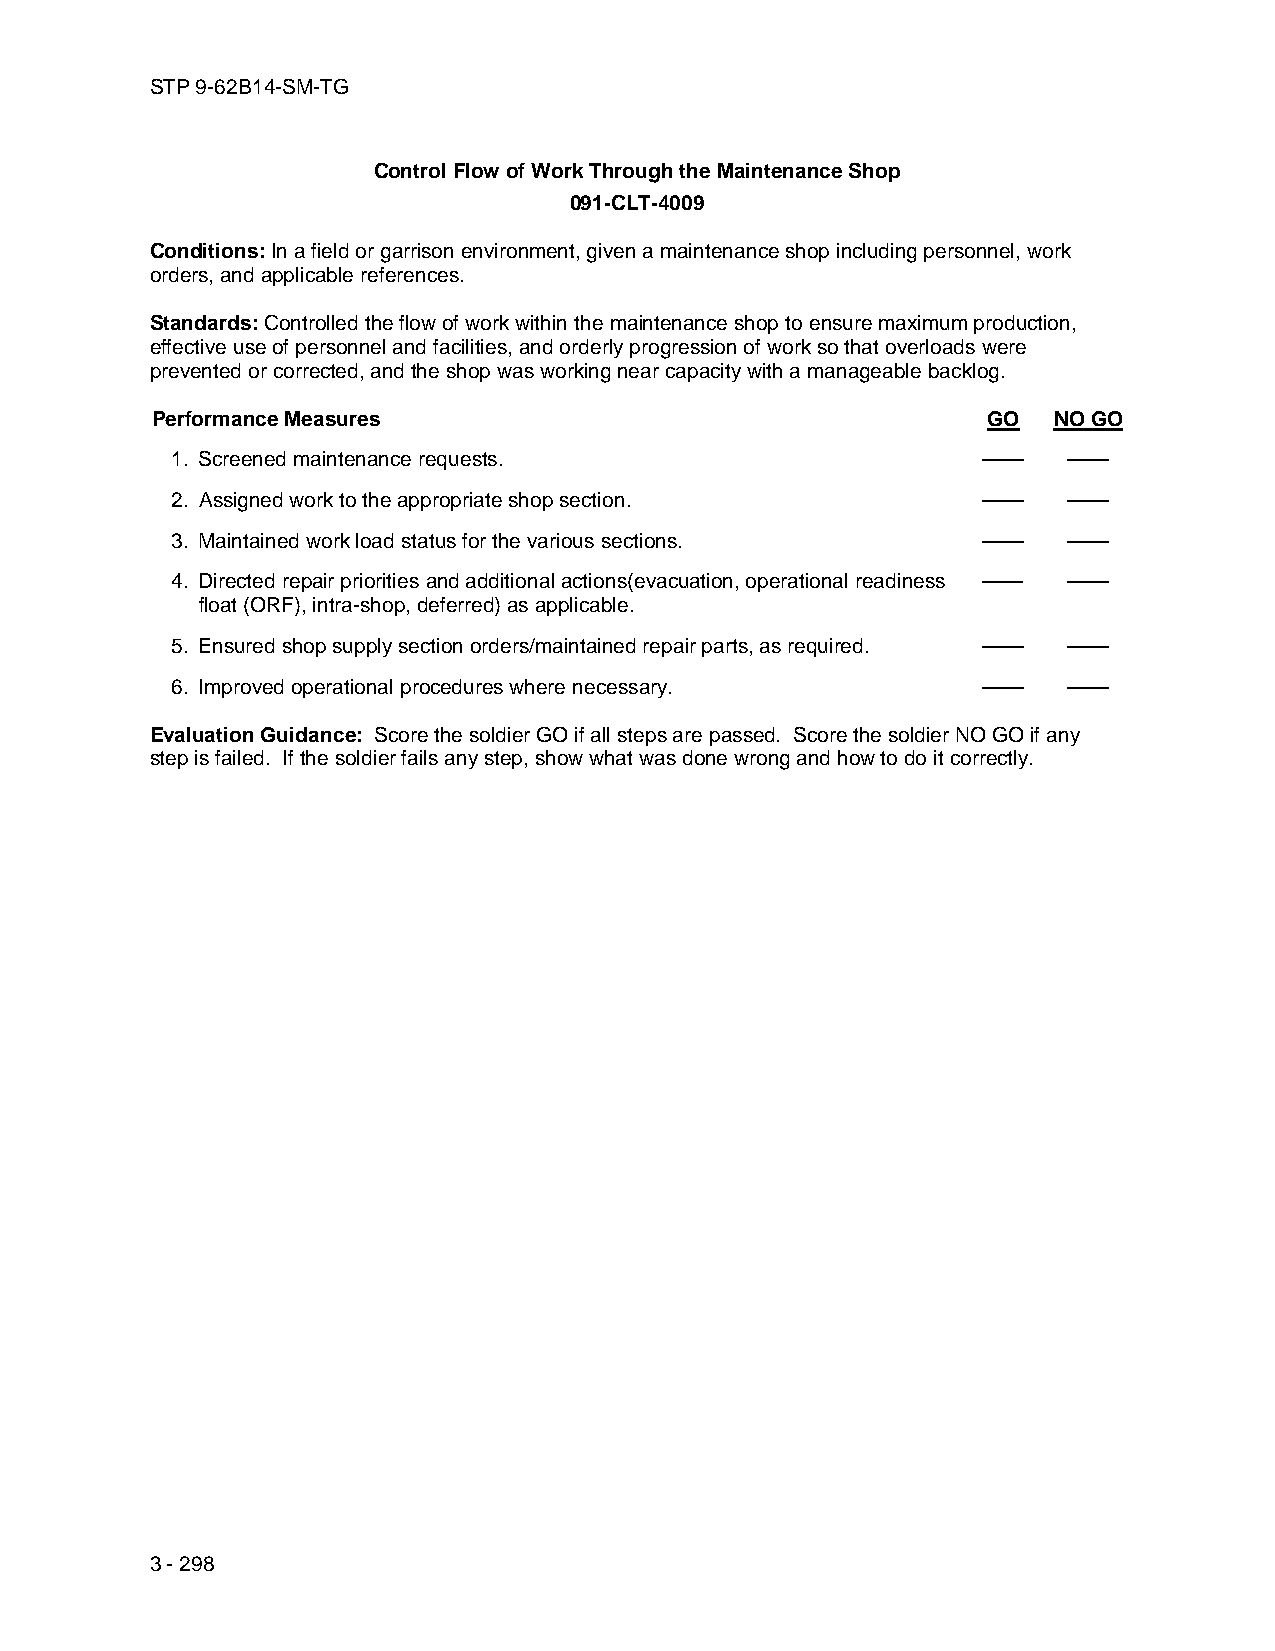
STP 9-62B14-SM-TG
 Control Flow of Work Through the Maintenance Shop
 091-CLT-4009
 Conditions: In a field or garrison environment, given a maintenance shop including personnel, work
 orders, and applicable references.
 Standards: Controlled the flow of work within the maintenance shop to ensure maximum production,
 effective use of personnel and facilities, and orderly progression of work so that overloads were
 prevented or corrected, and the shop was working near capacity with a manageable backlog.
 Performance Measures                                   GO   NO GO
 1. Screened maintenance requests.                     ——    ——
 2. Assigned work to the appropriate shop section.     ——    ——
 3. Maintained work load status for the various sections. —— ——
 4. Directed repair priorities and additional actions(evacuation, operational readiness —— ——
 float (ORF), intra-shop, deferred) as applicable.
 5. Ensured shop supply section orders/maintained repair parts, as required. —— ——
 6. Improved operational procedures where necessary.   ——    ——
 Evaluation Guidance: Score the soldier GO if all steps are passed. Score the soldier NO GO if any
 step is failed. If the soldier fails any step, show what was done wrong and how to do it correctly.
 3 - 298